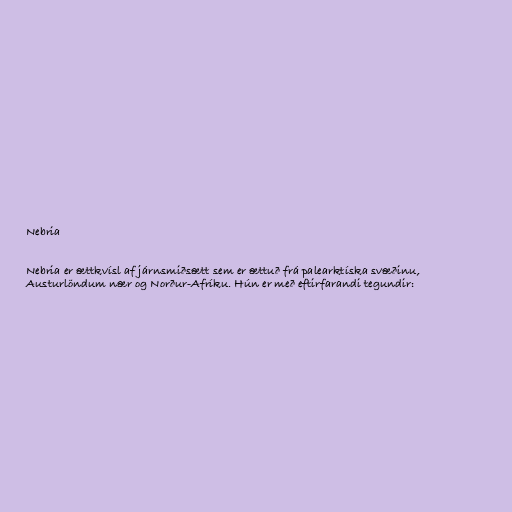
Nebria

Nebria er ættkvísl af járnsmiðsætt sem er ættuð frá palearktíska svæðinu,
Austurlöndum nær og Norður-Afríku. Hún er með eftirfarandi tegundir: